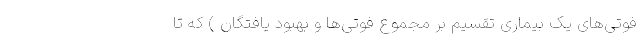
فوتی‌های یک بیماری تقسیم بر مجموع فوتی‌ها و بهبود یافتگان ) که تا